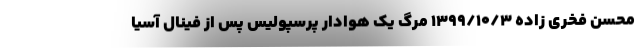
محسن فخری زاده ۱۳۹۹/۱۰/۳ مرگ یک هوادار پرسپولیس پس از فینال آسیا